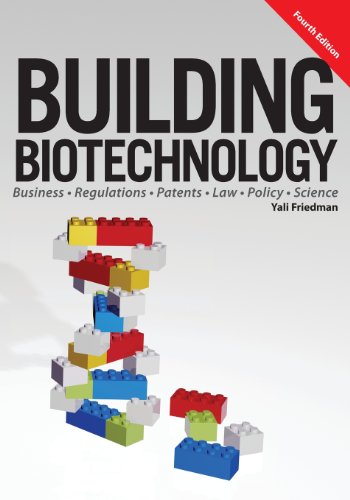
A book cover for Building Biotechnology: Biotechnology Business, Regulations, Patents, Law, Policy and Science; Yali Friedman; Business & Money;